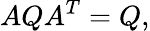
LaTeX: AQA^{T}=Q,